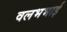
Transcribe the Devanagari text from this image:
वलभभाई